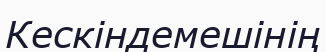
Кескіндемешінің